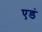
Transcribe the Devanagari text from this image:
एडं